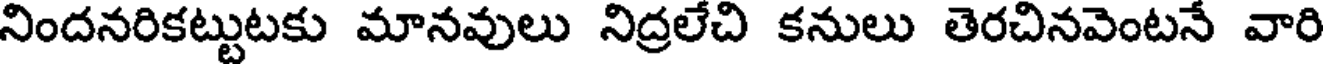
నిందనరికట్టుటకు మానవులు నిద్రలేచి కనులు తెరచినవెంటనే వారి